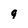
Character: q